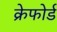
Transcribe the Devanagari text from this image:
क्रेफोर्ड